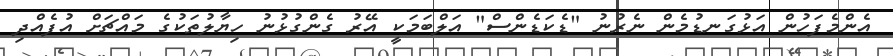
އެންމެފަހުން އަޅުގަނޑުމެން ނެރުނު "ޑެކަޑެންސް" އަލްބަމަކީ އޭރު ގެންގުޅުނު ހިޔާލުތަކުގެ މައްޗަށް އުފެއްދި